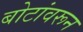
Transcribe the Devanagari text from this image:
बोटांवरून